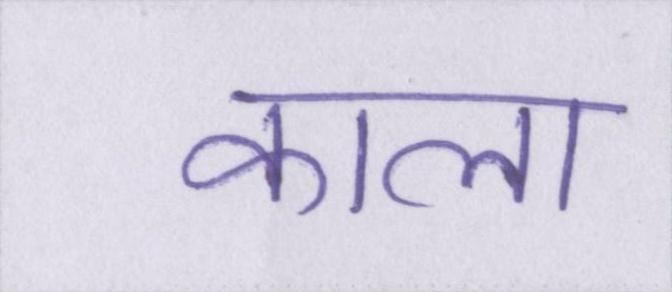
काला